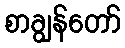
စာချွန်တော်